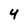
Character: 4